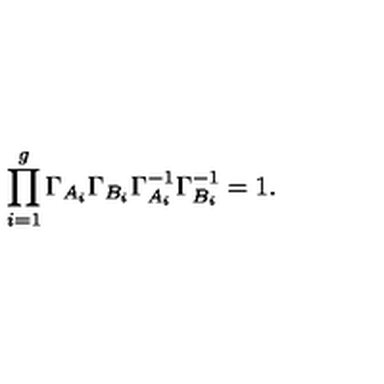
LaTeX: \prod _ { i = 1 } ^ { g } \Gamma _ { A _ { i } } \Gamma _ { B _ { i } } \Gamma _ { A _ { i } } ^ { - 1 } \Gamma _ { B _ { i } } ^ { - 1 } = 1 .